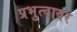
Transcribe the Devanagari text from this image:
प्रभुत्वावर